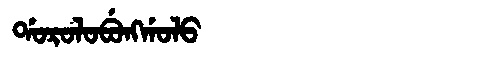
Manchu: ᡩᠣᡵᠣᠯᠣᠪᡠᠩᡤᠣᠯᠣ
Romanization: DOROLOBUNGGOLO